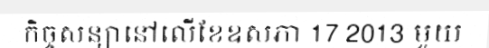
កិច្ចសន្យានៅលើខែឧសភា 17 2013 មួយ